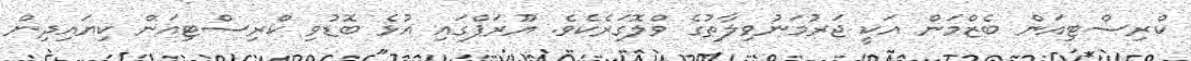
ކްރިސްޓިއަން ބެޒްމަން އަކީ ޖަރުމަނުވިލާތުގެ ވްލޮގަރެކެވެ. ޔޫރަޕްގައި އުޅެ ބޮޑުވި ކްރިސްޓިއަން ކިޔައިދިން